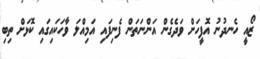
ޒޯއީ ހެނދުނު އޮފީހަށް ވަދެގެން އަންނަތަން ފެނިފައި އަމިއްލަ ވާހަކައިގައި ކޮޅަށް ތިބި